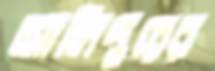
আলিপুরের